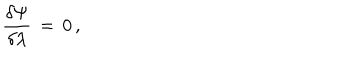
{ \frac { \delta \Psi } { \delta \lambda } } \, = \, 0 \, ,